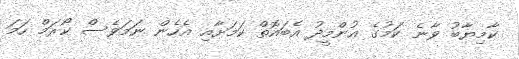
ކާމިޔާބު ވާނެ ކަމުގެ އުންމީދު އެބައޮތް ކަމަށާއި އެހެން ނަމަވެސް ކޯރަމް ހަމަ